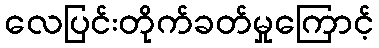
လေပြင်းတိုက်ခတ်မှုကြောင့်